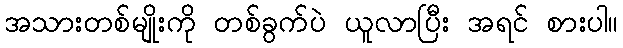
အသားတစ်မျိုးကို တစ်ခွက်ပဲ ယူလာပြီး အရင် စားပါ။